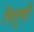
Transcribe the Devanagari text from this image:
वितुष्टी